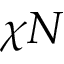
\chi N